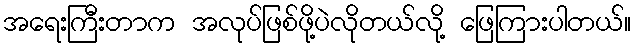
အရေးကြီးတာက အလုပ်ဖြစ်ဖို့ပဲလိုတယ်လို့ ဖြေကြားပါတယ်။